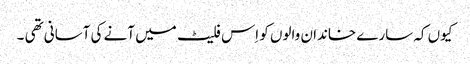
کیوں کہ سارے خاندان والوں کو اِس فلیٹ میں آنے کی آسانی تھی ۔